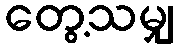
တွေ့သမျှ